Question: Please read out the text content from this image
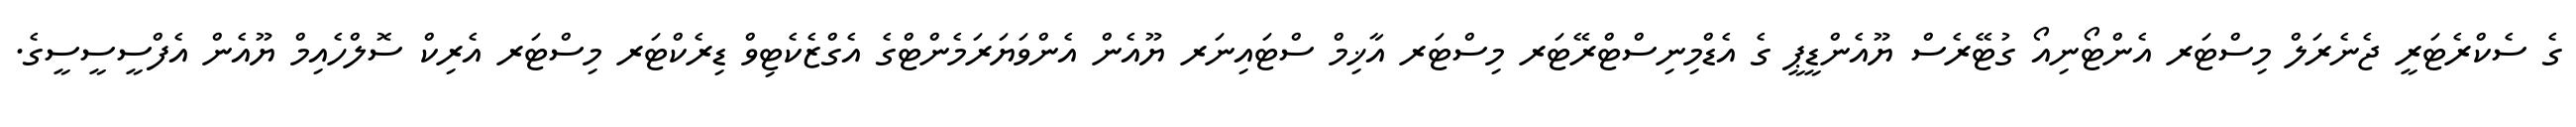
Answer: ގެ ސެކްރެޓަރީ ޖެނެރަލް މިސްޓަރ އެންޓޯނިއޯ ގުޓޭރެސް ޔޫއެންޑީޕީ ގެ އެޑްމިނިސްޓްރޭޓަރ މިސްޓަރ އާޚިމް ސްޓައިނަރ ޔޫއެން އެންވަޔަރަމެންޓްގެ އެގްޒެކެޓިވް ޑިރެކްޓަރ މިސްޓަރ އެރިކް ސޮލްހެއިމް ޔޫއެން އެފްސީސީސީގެ.